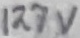
Text: 127V